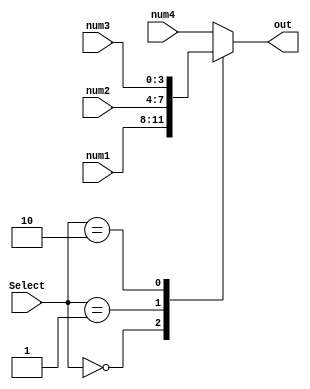
module SSD_MUX
	(
		input [1:0] Select,
		input [3:0] num4,
		input [3:0] num3,
		input [3:0] num2,
		input [3:0] num1,
		output reg [3:0] out
	);
	
	
	always @* begin
	
		case (Select)
		
			2'b00: out = num1;
			
			2'b01: out = num2;
			
			2'b10: out = num3;
			
			default: out = num4;
		
		endcase
	
	end 
	

endmodule